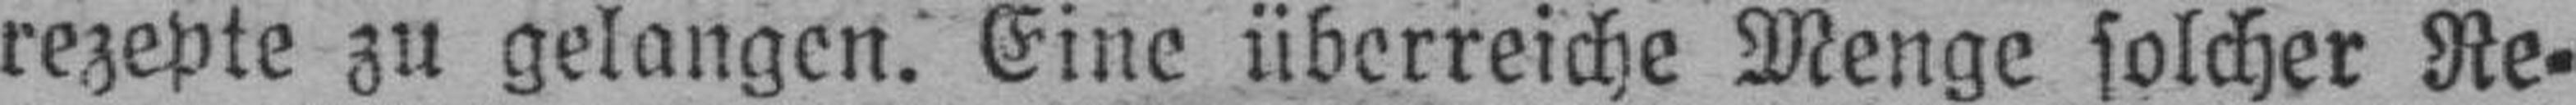
rezepte zu gelangen. Eine überreiche Menge solcher Re¬